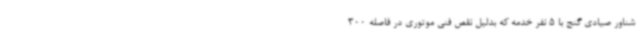
شناور صیادی گنج با 5 نفر خدمه که بدلیل نقص فنی موتوری در فاصله 300